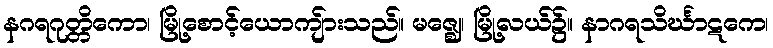
နဂရဂုတ္တိကော၊ မြို့စောင့်ယောကျ်ားသည်။ မဇ္ဈေ၊ မြို့လယ်၌။ နာဂရသိင်္ဃာဋကေ၊